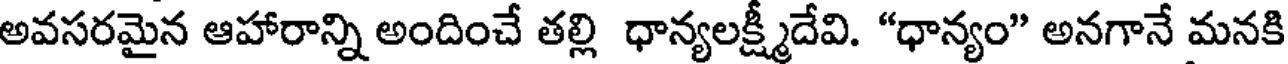
అవసరమైన ఆహారాన్ని అందించే తల్లి ధాన్యలక్ష్మీదేవి. "ధాన్యం" అనగానే మనకి